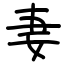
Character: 妻